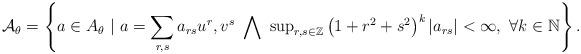
LaTeX: \begin{align*}\mathcal{A}_{\theta} = \left\{a \in A_{\theta} \ | \ a = \sum_{r,s} a_{rs}u^r, v^s \ \bigwedge \ \mathrm{sup}_{r, s \in \mathbb{Z}}\left(1 + r^2 + s^2\right)^k|a_{rs}| < \infty, \ \forall k \in \mathbb{N}\right\}.\end{align*}